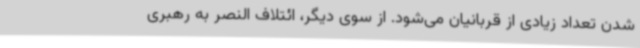
شدن تعداد زیادی از قربانیان می‌شود. از سوی دیگر، ائتلاف النصر به رهبری